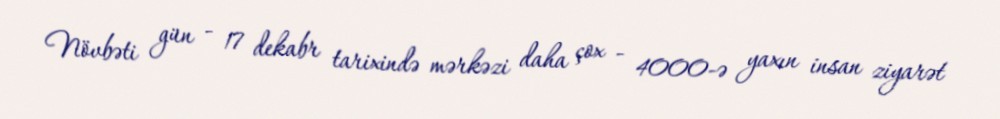
Növbəti gün - 17 dekabr tarixində mərkəzi daha çox - 4000-ə yaxın insan ziyarət